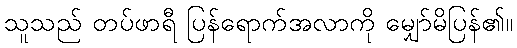
သူသည် တပ်ဖာရီ ပြန်ရောက်အလာကို မျှော်မိပြန်၏။